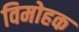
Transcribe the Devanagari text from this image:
विमोहक